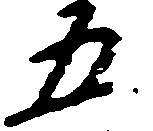
五